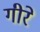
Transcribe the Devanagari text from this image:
गीरे